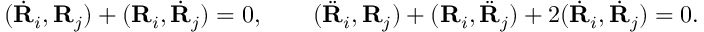
\begin{array} { r } { ( \dot { \bf R } _ { i } , { \bf R } _ { j } ) + ( { \bf R } _ { i } , \dot { \bf R } _ { j } ) = 0 , \qquad ( \ddot { \bf R } _ { i } , { \bf R } _ { j } ) + ( { \bf R } _ { i } , \ddot { \bf R } _ { j } ) + 2 ( \dot { \bf R } _ { i } , \dot { \bf R } _ { j } ) = 0 . } \end{array}